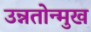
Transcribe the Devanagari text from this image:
उन्नतोन्मुख